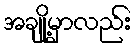
အချို့မှာလည်း